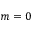
m = 0